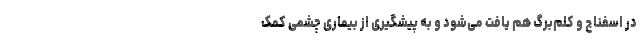
در اسفناج و ‌کلم‌برگ هم یافت می‌شود و به پیشگیری از بیماری چشمی کمک